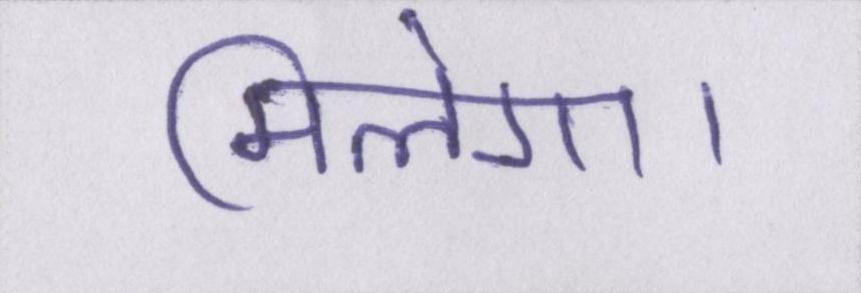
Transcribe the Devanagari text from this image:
मिलेगा।